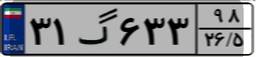
۳۱گ۶۳۳۹۸